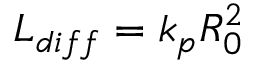
L _ { d i f f } = k _ { p } R _ { 0 } ^ { 2 }